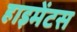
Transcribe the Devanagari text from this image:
हाइमेंटस